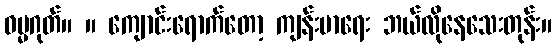
ဓမ္မဂုတ်။ ။ ကျောင်းရောက်တော့ ကျန်းမာရေး ဘယ်လိုနေသေးတုန်း။